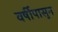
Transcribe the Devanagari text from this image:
वर्षीपासुन